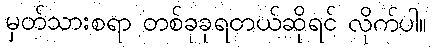
မှတ်သားစရာ တစ်ခုခုရတယ်ဆိုရင် လိုက်ပါ။